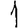
Digit: 1